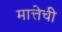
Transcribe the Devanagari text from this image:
मात्तेची